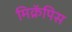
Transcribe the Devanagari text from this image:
मिक्रॅपिस